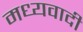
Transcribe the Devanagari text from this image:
मध्यवादी